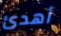
أهدئ